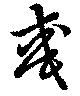
彧